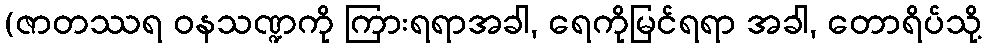
(ဇာတဿရ ဝနသဏ္ဍကို ကြားရရာအခါ, ရေကိုမြင်ရရာ အခါ, တောရိပ်သို့